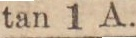
tan 1 A.